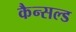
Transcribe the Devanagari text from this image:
कैन्सल्ड